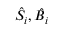
{ \hat { S } } _ { i } , { \hat { B } } _ { i }